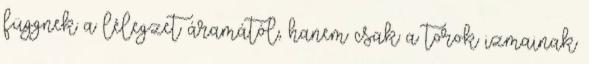
függnek a lélegzet áramától, hanem csak a torok izmainak